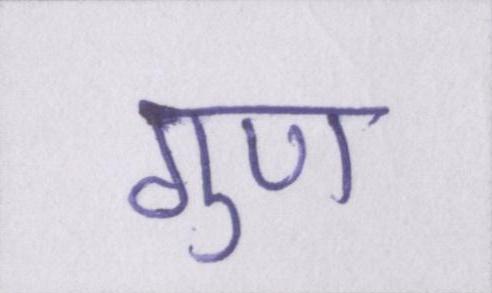
गुण